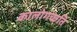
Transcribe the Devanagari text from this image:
कालोगच्छति